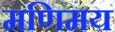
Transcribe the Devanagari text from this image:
मणिमय